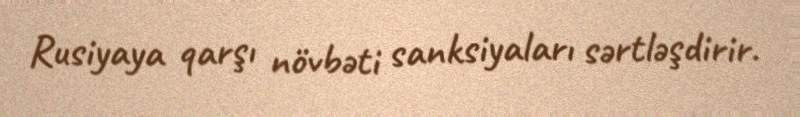
Rusiyaya qarşı növbəti sanksiyaları sərtləşdirir.